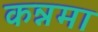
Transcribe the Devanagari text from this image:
कन्नमा